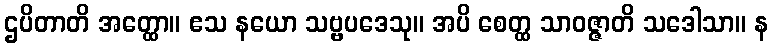
ဌပိတာတိ အတ္ထော။ ဧသ နယော သဗ္ဗပဒေသု။ အပိ စေတ္ထ သာဝဇ္ဇာတိ သဒေါသာ။ န